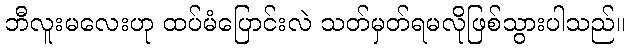
ဘီလူးမလေးဟု ထပ်မံပြောင်းလဲ သတ်မှတ်ရမလိုဖြစ်သွားပါသည်။